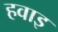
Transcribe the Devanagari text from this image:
हवाइ